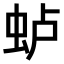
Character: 𫊮